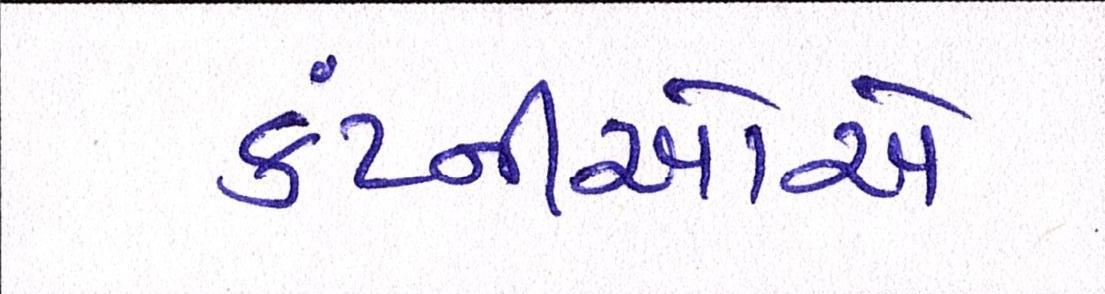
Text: કંપ્નીઓએ